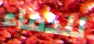
للدماء